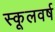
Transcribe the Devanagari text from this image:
स्कूलवर्ष